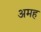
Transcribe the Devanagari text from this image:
अमह